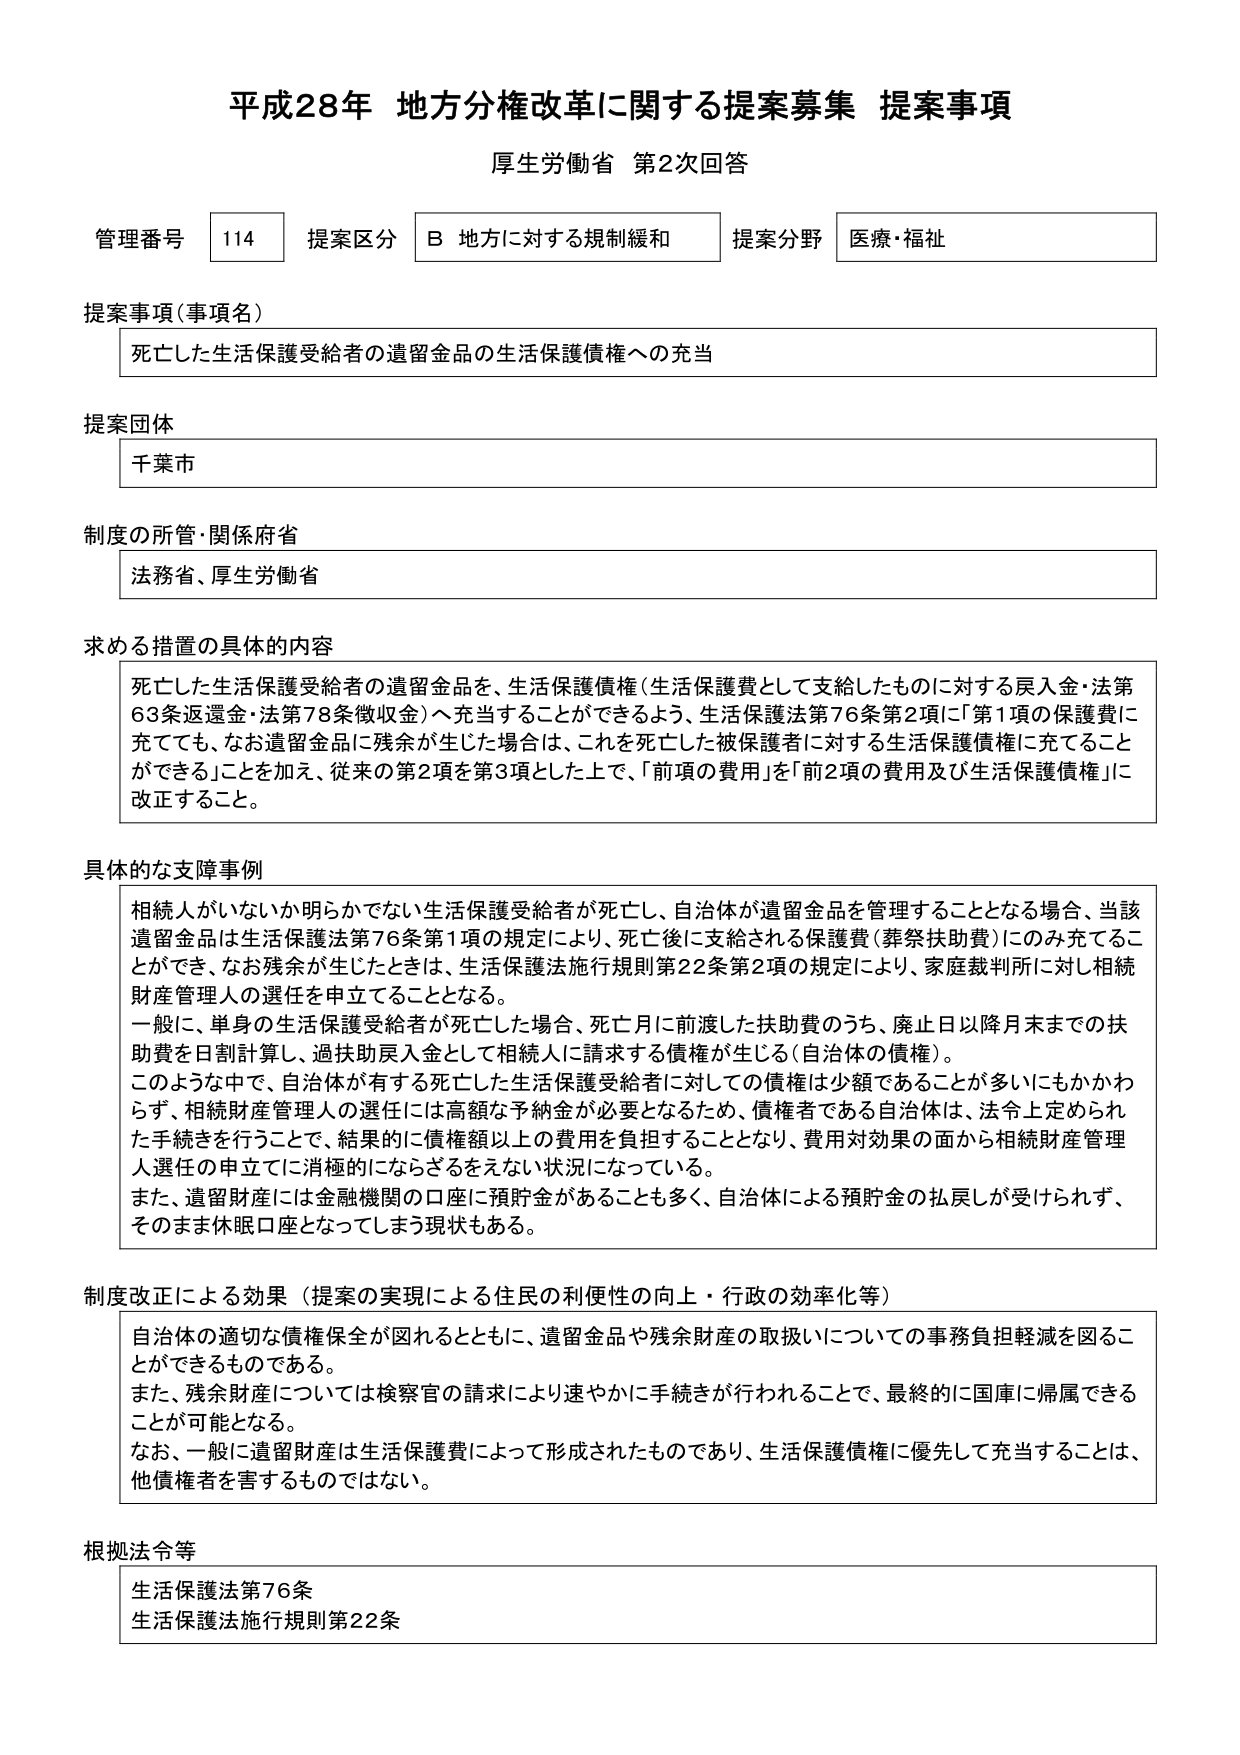
平成28年 地方分権改革に関する提案募集 提案事項
厚生労働省 第2次回答

管理番号 114 提案区分 B 地方に対する規制緩和 提案分野 医療・福祉

提案事項（事項名）
死亡した生活保護受給者の遺留金品の生活保護債権への充当

提案団体
千葉市

制度の所管・関係府省
法務省、厚生労働省

求める措置の具体的内容
死亡した生活保護受給者の遺留金品を、生活保護債権（生活保護費として支給したものに対する戻入金・法第63条返還金・法第78条徴収金）へ充当することができるよう、生活保護法第76条第2項に「第1項の保護費に充てても、なお遺留金品に残余が生じた場合は、これを死亡した被保護者に対する生活保護債権に充てることができる」ことを加え、従来の第2項を第3項とした上で、「前項の費用」を「前2項の費用及び生活保護債権」に改正すること。

具体的な支障事例
相続人がいないか明らかでない生活保護受給者が死亡し、自治体が遺留金品を管理することとなる場合、当該遺留金品は生活保護法第76条第1項の規定により、死亡後に支給される保護費（葬祭扶助費）にのみ充てることができ、なお残余が生じたときは、生活保護法施行規則第22条第2項の規定により、家庭裁判所に対し相続財産管理人の選任を申立てることとなる。
一般に、単身の生活保護受給者が死亡した場合、死亡月に前渡した扶助費のうち、廃止日以降月末までの扶助費を日割計算し、過扶助戻入金として相続人に請求する債権が生じる（自治体の債権）。
このような中で、自治体が有する死亡した生活保護受給者に対しての債権は少額であることが多いにもかかわらず、相続財産管理人の選任には高額な予納金が必要となるため、債権者である自治体は、法令上定められた手続きを行うことで、結果的に債権額以上の費用を負担することとなり、費用対効果の面から相続財産管理人選任の申立てに消極的にならざるをえない状況になっている。
また、遺留財産には金融機関の口座に預貯金があることも多く、自治体による預貯金の払戻しが受けられず、そのまま休眠口座となってしまう現状もある。

制度改正による効果（提案の実現による住民の利便性の向上・行政の効率化等）
自治体の適切な債権保全が図れるとともに、遺留金品や残余財産の取扱いについての事務負担軽減を図ることができるるものである。
また、残余財産については検察官の請求により速やかに手続きが行われることで、最終的に国庫に帰属できることが可能となる。
なお、一般に遺留財産は生活保護費によって形成されたものであり、生活保護債権に優先して充当することは、他債権者を害するものではない。

根拠法令等
生活保護法第76条
生活保護法施行規則第22条